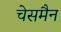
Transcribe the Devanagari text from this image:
चेसमैन